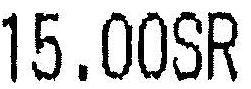
15.00SR